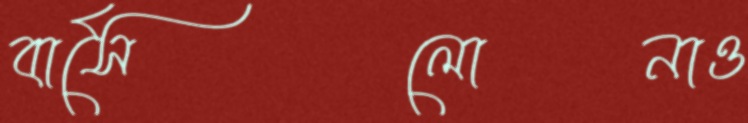
বার্সেলোনাও